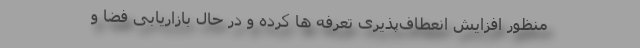
منظور افزایش انعطاف‌پذیری تعرفه ها کرده و در حال بازاریابی فضا و